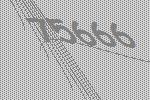
75666